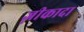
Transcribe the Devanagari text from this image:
ज़ीकादा